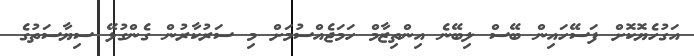
އަގުހެޔޮކޮށް ފަސޭހައިން ބޭސް ލިބޭނެ އިންތިޒާމް ހަމަޖެއްސުމަށް މި ސަރުކާރުން ގެންގުޅޭ ސިޔާސަތުގެ